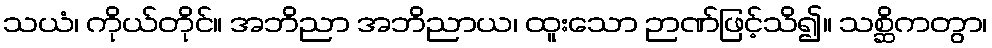
သယံ၊ ကိုယ်တိုင်။ အဘိညာ အဘိညာယ၊ ထူးသော ဉာဏ်ဖြင့်သိ၍။ သစ္ဆိကတွာ၊